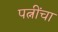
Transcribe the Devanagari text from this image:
पत्नींचा